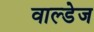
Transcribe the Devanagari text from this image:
वाल्डेज